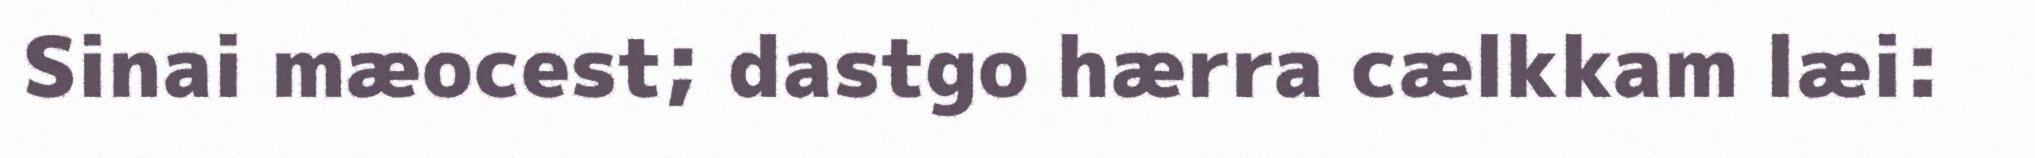
Sinai mæocest; dastgo hærra cælkkam læi: